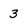
Character: 3